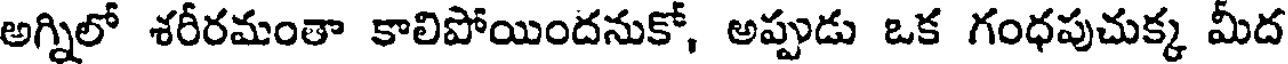
అగ్నిలో శరీరమంతా కాలిపోయిందనుకో, అప్పుడు ఒక గంధపుచుక్క మీద